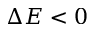
\Delta E < 0